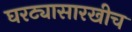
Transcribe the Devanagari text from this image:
घरट्यासारखीच